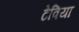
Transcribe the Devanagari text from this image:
टेविया